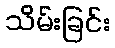
သိမ်းခြင်း